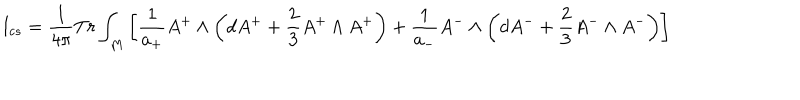
I _ { c s } = \frac { 1 } { 4 \pi } T r \int _ { M } \left[ \frac { 1 } { a _ { + } } A ^ { + } \wedge \left( d A ^ { + } + \frac { 2 } { 3 } A ^ { + } \wedge A ^ { + } \right) + \frac { 1 } { a _ { - } } A ^ { - } \wedge \left( d A ^ { - } + \frac { 2 } { 3 } A ^ { - } \wedge A ^ { - } \right) \right]